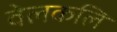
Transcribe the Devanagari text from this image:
वेलकलि